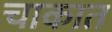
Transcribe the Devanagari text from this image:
चाकात